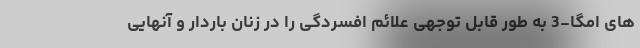
های امگا-3 به طور قابل توجهی علائم افسردگی را در زنان باردار و آنهایی